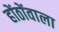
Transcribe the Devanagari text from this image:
होंठोंवाला